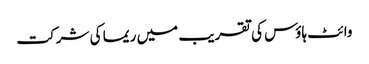
وائٹ ہاؤس کی تقریب میں ریما کی شرکت